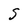
Character: S